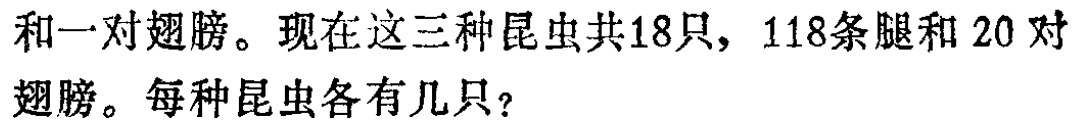
和一对翅膀。现在这三种昆虫共18只，118条腿和 20 对翅膀。每种昆虫各有几只？